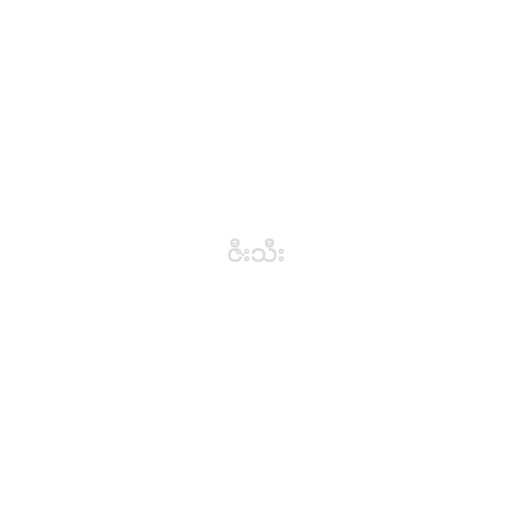
ဇီးသီး